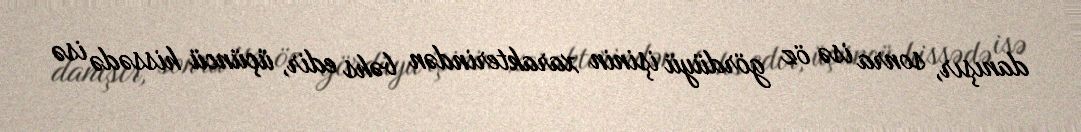
danışır, sonra isə öz gördüyü işinin xarakterindən bəhs edir, üçüncü hissədə isə